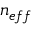
n _ { e f f }